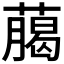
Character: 﨟